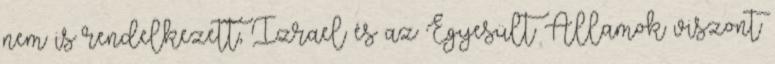
nem is rendelkezett, Izrael és az Egyesült Államok viszont